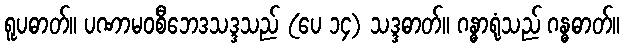
ရူပဓာတ်။ ပဏာမဝစီဘေဒသဒ္ဒသည် (ပေ ၁၄) သဒ္ဒဓာတ်။ ဂန္ဓာရုံသည် ဂန္ဓဓာတ်။